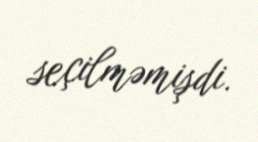
seçilməmişdi.